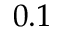
0 . 1